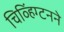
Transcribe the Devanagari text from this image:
चिव्हिंग्टनने